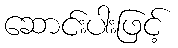
ဆောင်းပါးဖြင့်